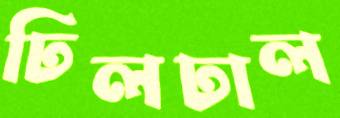
ঢিলঢাল